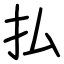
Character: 払